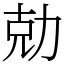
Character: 勀